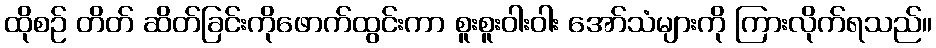
ထိုစဉ် တိတ် ဆိတ်ခြင်းကိုဖောက်ထွင်းကာ စူးစူးဝါးဝါး အော်သံများကို ကြားလိုက်ရသည်။